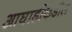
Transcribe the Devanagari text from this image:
आघाडीकडील